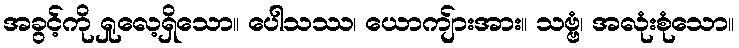
အခွင့်ကို ရှုလေ့ရှိသော။ ပေါသဿ၊ ယောကျ်ားအား။ သဗ္ဗံ၊ အလုံးစုံသော။